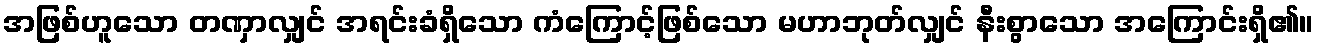
အဖြစ်ဟူသော တဏှာလျှင် အရင်းခံရှိသော ကံကြောင့်ဖြစ်သော မဟာဘုတ်လျှင် နီးစွာသော အကြောင်းရှိ၏။